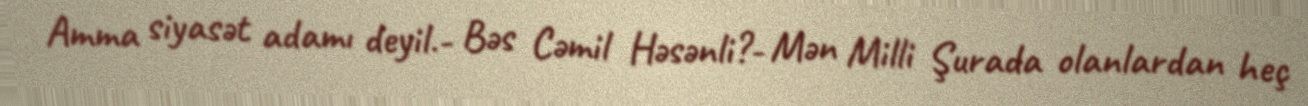
Amma siyasət adamı deyil.- Bəs Cəmil Həsənli?- Mən Milli Şurada olanlardan heç